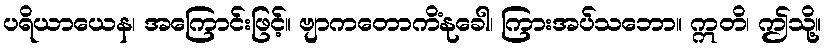
ပရိယာယေန၊ အကြောင်းဖြင့်။ ဗျာကတောကိံနုခေါ၊ ကြားအပ်သဘော။ ဣတိ၊ ဤသို့။